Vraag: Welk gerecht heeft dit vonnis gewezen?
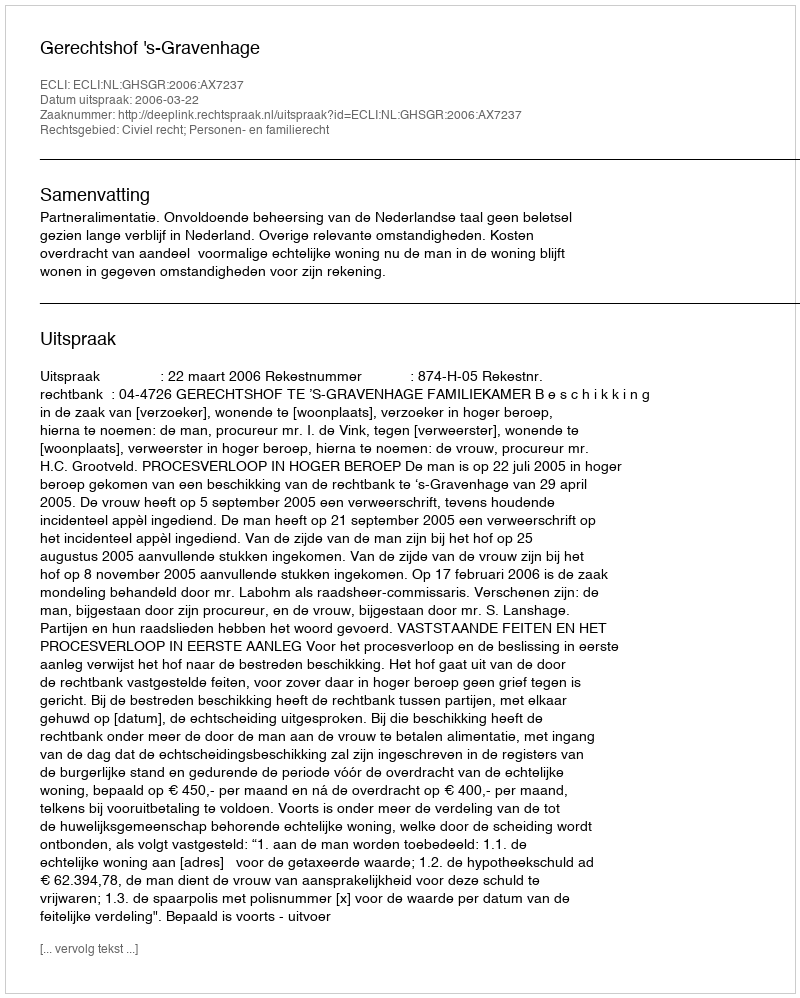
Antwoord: Gerechtshof 's-Gravenhage